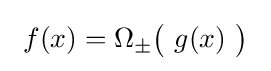
\ f(x)=\Omega _{\pm }{\bigl (}\ g(x)\ {\bigr )}\